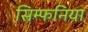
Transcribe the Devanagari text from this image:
सिम्फनिया